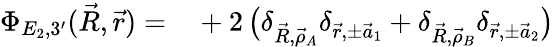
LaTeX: \begin{array}{rl}{\Phi_{E_{2},3^{\prime}}(\vec{R},\vec{r})=}&{{}+2\, \big(\delta_{\vec{R},\vec{\rho}_{A}}\delta_{\vec{r},\pm\vec{a}_{1}}+\delta_{\vec{R},\vec{\rho}_{B}}\delta_{\vec{r},\pm\vec{a}_{2}}\big)}\end{array}